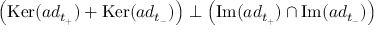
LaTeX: \left( \mathrm { K e r } ( a d _ { t _ { + } } ) + \mathrm { K e r } ( a d _ { t _ { - } } ) \right) \perp \left( \mathrm { I m } ( a d _ { t _ { + } } ) \cap \mathrm { I m } ( a d _ { t _ { - } } ) \right)